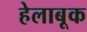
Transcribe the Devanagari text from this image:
हेलाबूक